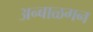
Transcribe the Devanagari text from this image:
अन्बाळगन